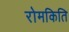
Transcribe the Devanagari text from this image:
रोमकिति